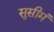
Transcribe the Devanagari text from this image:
सुसीमं